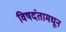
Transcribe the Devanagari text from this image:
विषदंतामधून